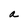
Character: a